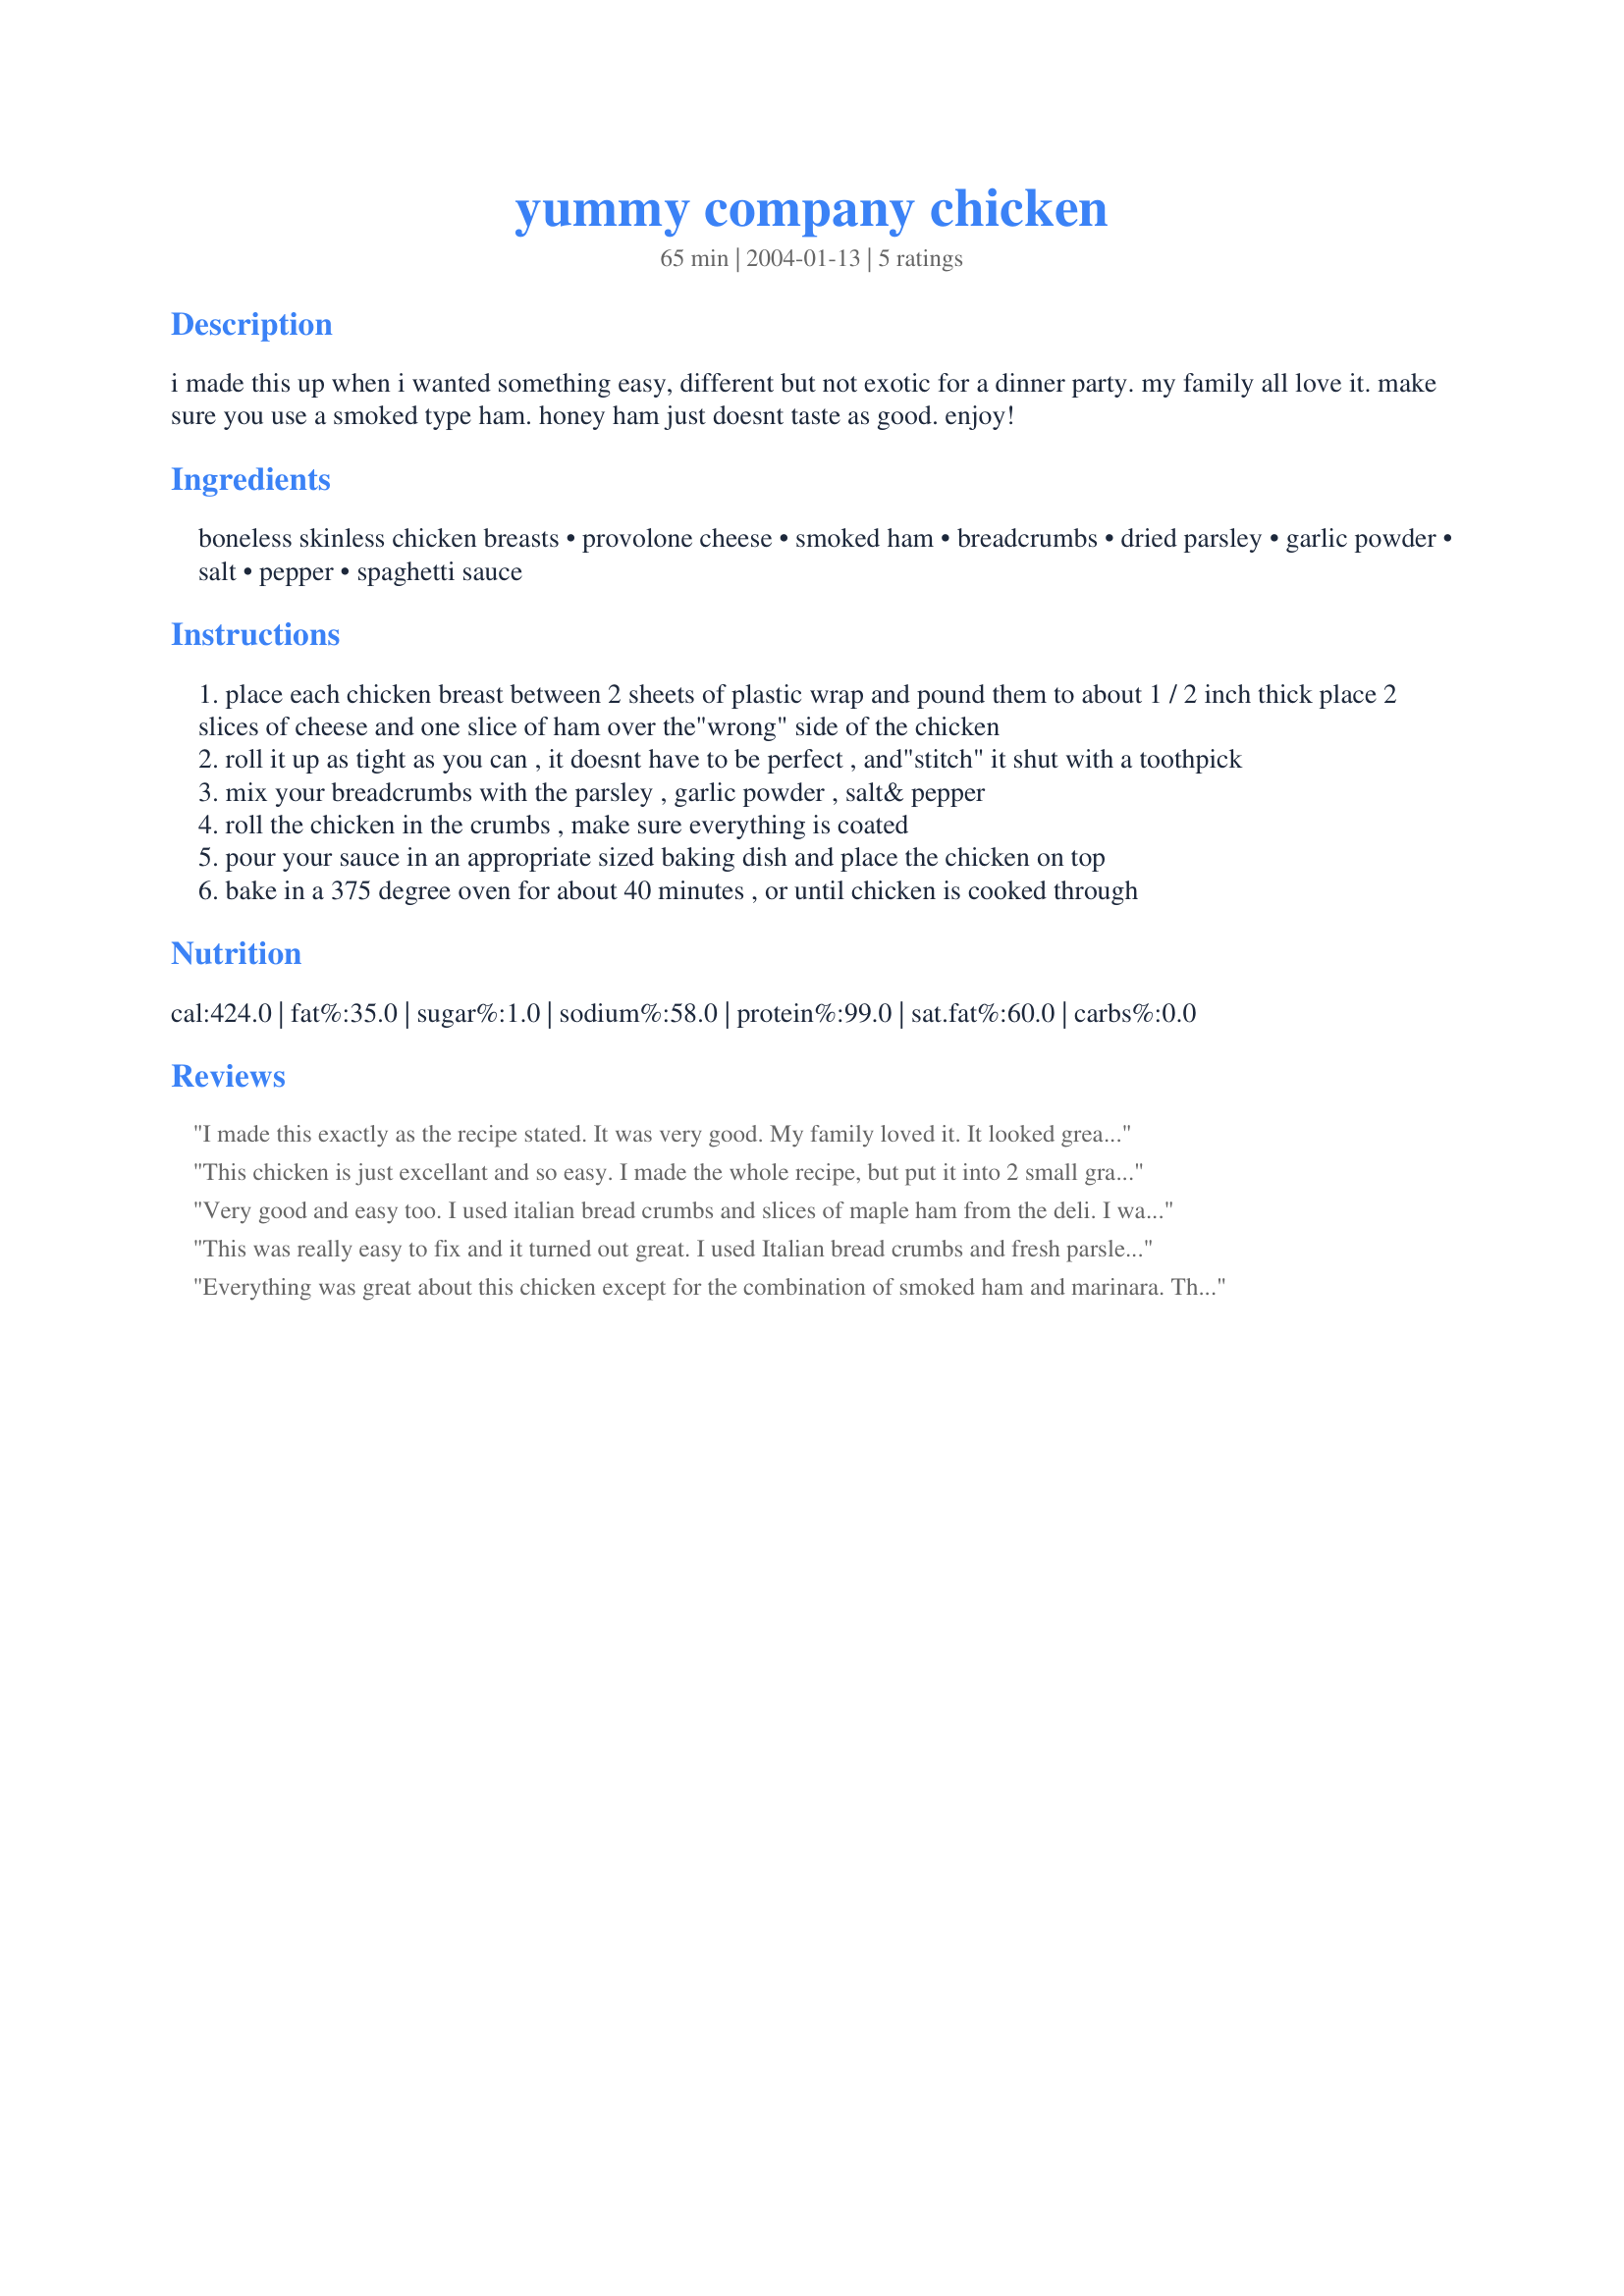
yummy company chicken
Preparation time: 65 minutes

i made this up when i wanted something easy, different but not exotic for a dinner party. my family all love it. make sure you use a smoked type ham. honey ham just doesnt taste as good. enjoy!

Ingredients:
boneless skinless chicken breasts, provolone cheese, smoked ham, breadcrumbs, dried parsley, garlic powder, salt, pepper, spaghetti sauce

Steps:
place each chicken breast between 2 sheets of plastic wrap and pound them to about 1 / 2 inch thick place 2 slices of cheese and one slice of ham over the"wrong" side of the chicken
roll it up as tight as you can , it doesnt have to be perfect , and"stitch" it shut with a toothpick
mix your breadcrumbs with the parsley , garlic powder , salt& pepper
roll the chicken in the crumbs , make sure everything is coated
pour your sauce in an appropriate sized baking dish and place the chicken on top
bake in a 375 degree oven for about 40 minutes , or until chicken is cooked through

Reviews:
I made this exactly as the recipe stated. It was very good. My family loved it. It looked great too. I will definitely make it again.
This chicken is just excellant and so easy. I made the whole recipe, but put it into 2 small gratan dishes, we ate one and froze one. The chicken, ham and provolone are wonderfull together. Didn't have any garlic powder so used smashed cloves, they worked quite well. For the sauce I used a small bottle of really thick pizza sauce (garlic and basil)and sprinkled parmesan cheese on top. It was so good I would serve it to guests any day!
Thanks for sharing.
Very good and easy too. I used italian bread crumbs and slices of maple ham from the deli. I wasn't sure about the maple ham, but it tasted great! I will be making again. Thanks!
This was really easy to fix and it turned out great. I used Italian bread crumbs and fresh parsley. I also used 2 pieces of ham for each piece of chicken. It tasted great and was a fast meal. Thanks!
Everything was great about this chicken except for the combination of smoked ham and marinara. The flavors didn't really go together in my opinion. I will definitely make this again but without the marinara. Thank you.
